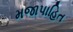
મજાપાહિત